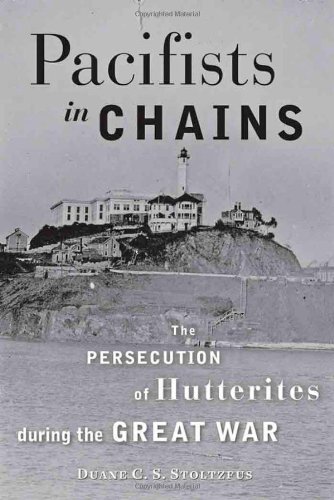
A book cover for Pacifists in Chains: The Persecution of Hutterites during the Great War (Young Center Books in Anabaptist and Pietist Studies); Duane C. S. Stoltzfus; Christian Books & Bibles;